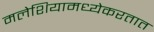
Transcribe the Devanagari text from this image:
मलेशियामध्येकरतात